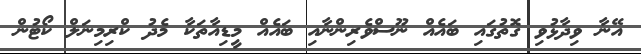
އޭނާ ވިދާޅުވި ގޮތުގައި ބައެއް ނޫސްވެރިންނާއި ބައެއް މީޑިއާތަކާ މެދު ކްރިމިނަލް ކޯޓުން